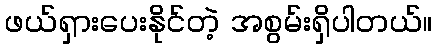
ဖယ်ရှားပေးနိုင်တဲ့ အစွမ်းရှိပါတယ်။